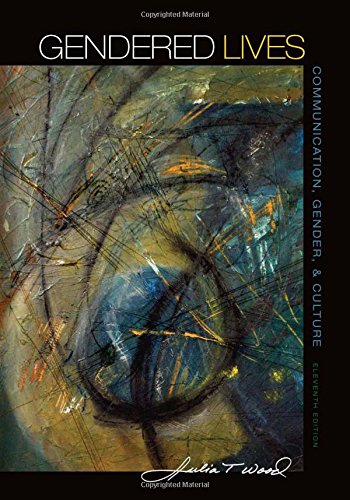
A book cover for Gendered Lives; Julia T. Wood; Humor & Entertainment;